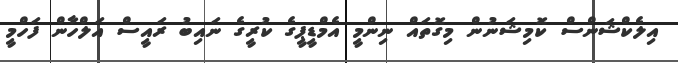
އިލެކްޝަންސް ކޮމިޝަނުން މިގޮތައް ނިންމީ އެމްޑީޕީގެ ކުރީގެ ނައިބު ރައީސް އަލްހާން ފަހްމީ